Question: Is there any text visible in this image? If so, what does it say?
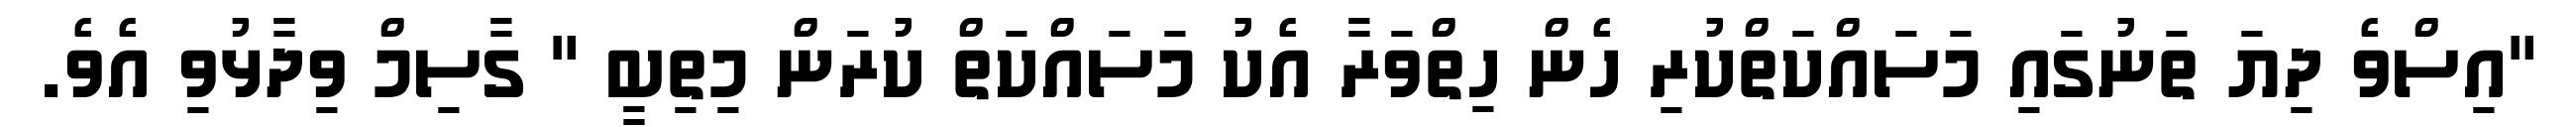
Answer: "އިސްވެ ދިޔަ ތަނުގައި މަސައްކަތްކުރި ހެން ހިތްވަރާ އެކު މަސައްކަތް ކުރަން މިތިބީ " ގާސިމް ވިދާޅުވި އެވެ.